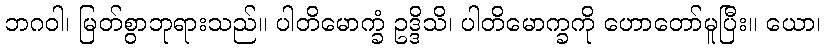
ဘဂဝါ၊ မြတ်စွာဘုရားသည်။ ပါတိမောက္ခံ ဥဒ္ဒိသိ၊ ပါတိမောက္ခကို ဟောတော်မူပြီး။ ယော၊